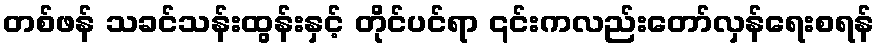
တစ်ဖန် သခင်သန်းထွန်းနှင့် တိုင်ပင်ရာ ၎င်းကလည်းတော်လှန်ရေးစရန်